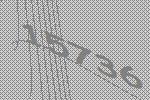
15736